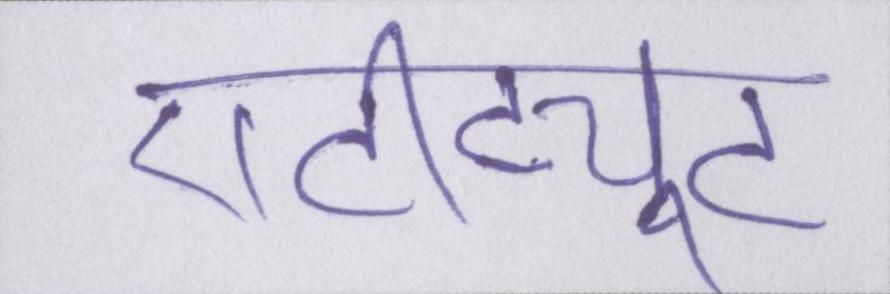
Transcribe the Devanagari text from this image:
एटीट्यूट